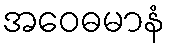
အဝေဓမာနံ